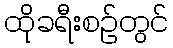
ထိုခရီးစဉ်တွင်